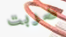
ضربت